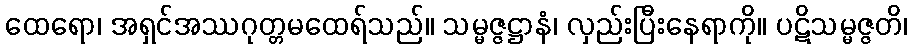
ထေရော၊ အရှင်အဿဂုတ္တမထေရ်သည်။ သမ္မဇ္ဇဋ္ဌာနံ၊ လှည်းပြီးနေရာကို။ ပဋိသမ္မဇ္ဇတိ၊